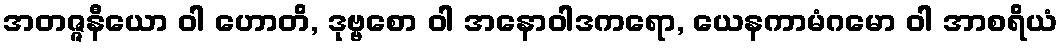
အတဇ္ဇနီယော ဝါ ဟောတိ, ဒုဗ္ဗစော ဝါ အနောဝါဒကရော, ယေနကာမံဂမော ဝါ အာစရိယံ